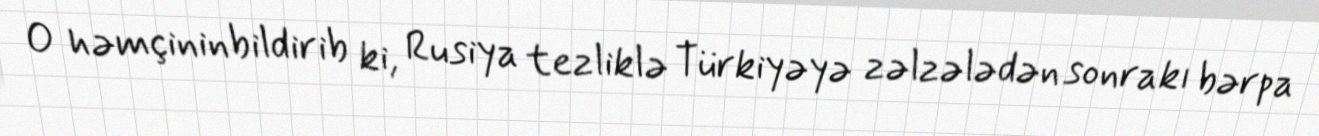
O həmçininbildirib ki, Rusiya tezliklə Türkiyəyə zəlzələdən sonrakı bərpa